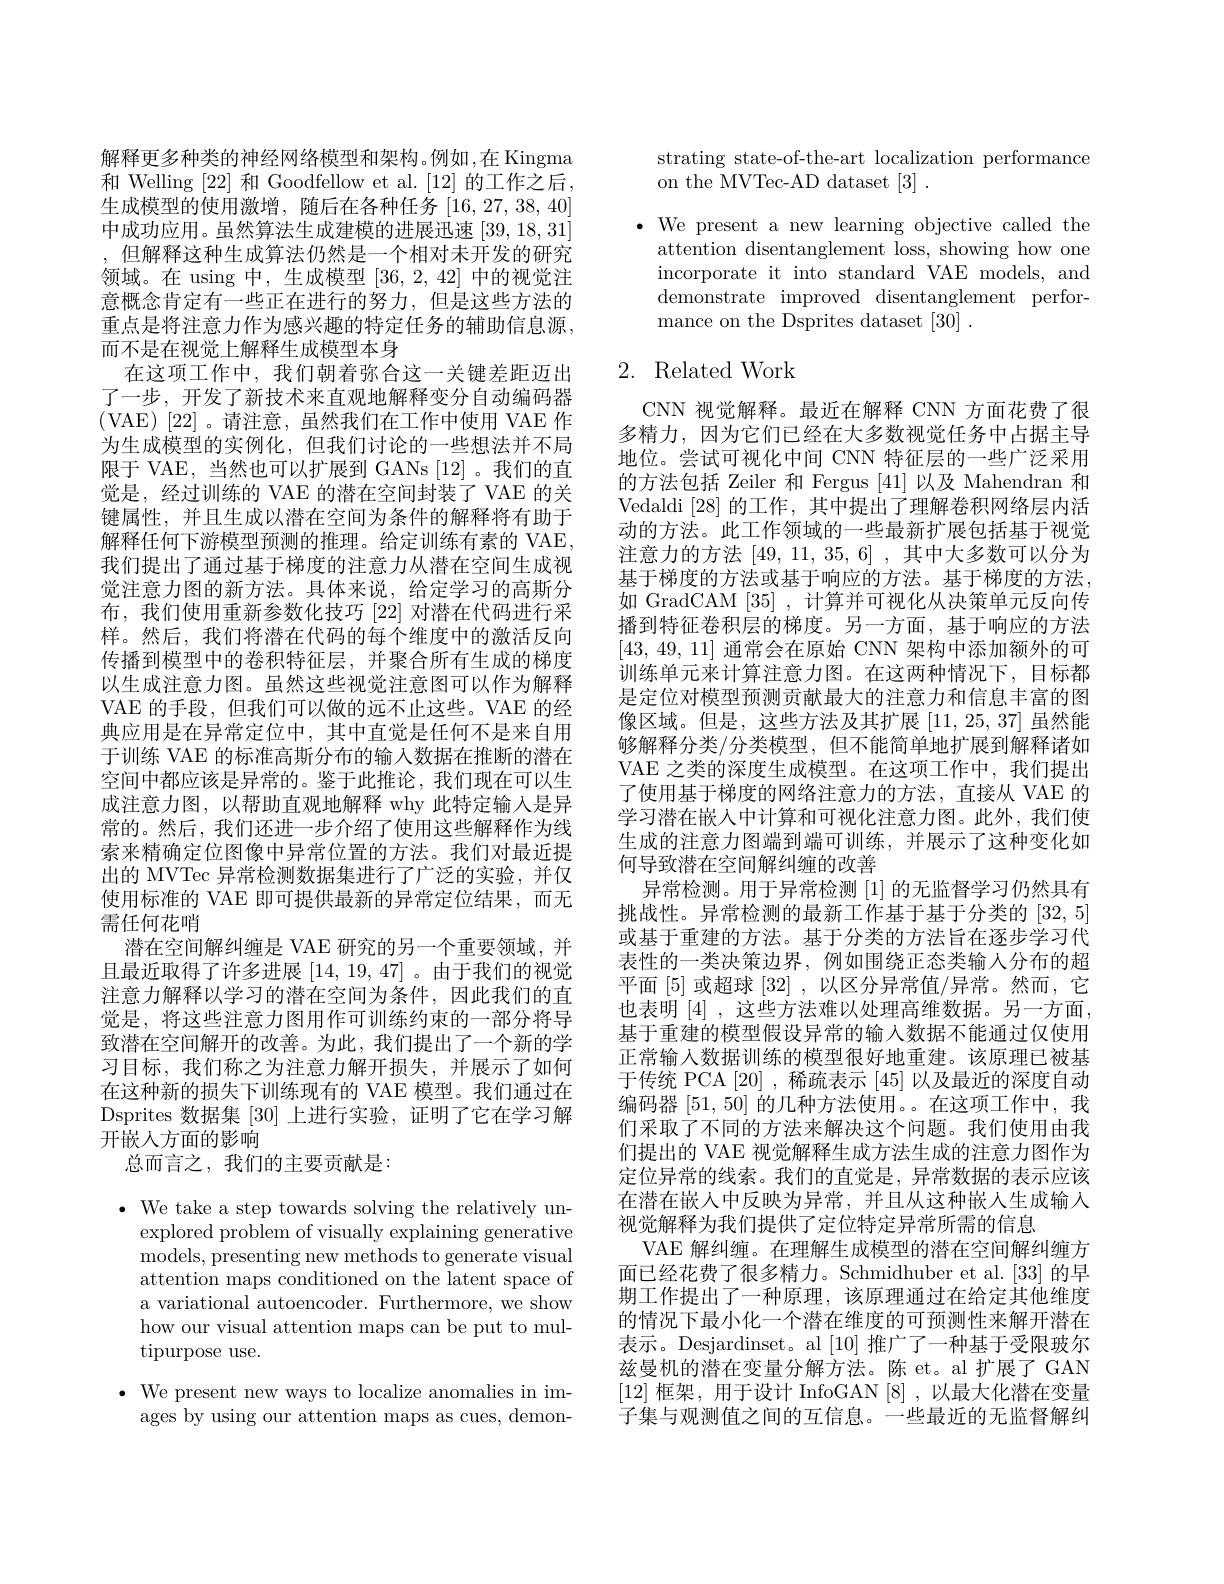
解释更多种类的神经网络模型和架构。例如，在 Kingma 和 Welling [22] 和 Goodfellow et al.[12] 的工作之后， 生成模型的使用激增，随后在各种任务[16,27,38,40] 中成功应用。虽然算法生成建模的进展迅速[39,18,31] ,但解释这种生成算法仍然是一个相对未开发的研究领域。在 using 中，生成模型[36,2,42]中的视觉注意概念肯定有一些正在进行的努力，但是这些方法的重点是将注意力作为感兴趣的特定任务的辅助信息源， 而不是在视觉上解释生成模型本身
在这项工作中，我们朝着弥合这一关键差距迈出了一步，开发了新技术来直观地解释变分自动编码器(VAE)[22]。请注意，虽然我们在工作中使用 VAE 作为生成模型的实例化，但我们讨论的一些想法并不局限于 VAE, 当然也可以扩展到 GANs [12]。我们的直觉是，经过训练的 VAE 的潜在空间封装了 VAE 的关键属性，并且生成以潜在空间为条件的解释将有助于解释任何下游模型预测的推理。给定训练有素的 VAE, 我们提出了通过基于梯度的注意力从潜在空间生成视觉注意力图的新方法。具体来说，给定学习的高斯分布，我们使用重新参数化技巧[22]对潜在代码进行采样。然后，我们将潜在代码的每个维度中的激活反向传播到模型中的卷积特征层，并聚合所有生成的梯度以生成注意力图。虽然这些视觉注意图可以作为解释VAE 的手段，但我们可以做的远不止这些。VAE 的经典应用是在异常定位中，其中直觉是任何不是来自用于训练 VAE 的标准高斯分布的输入数据在推断的潜在空间中都应该是异常的。鉴于此推论，我们现在可以生成注意力图，以帮助直观地解释 why 此特定输入是异常的。然后，我们还进一步介绍了使用这些解释作为线索来精确定位图像中异常位置的方法。我们对最近提出的 MVTec 异常检测数据集进行了广泛的实验，并仅使用标准的 VAE 即可提供最新的异常定位结果，而无需任何花哨
潜在空间解纠缠是 VAE 研究的另一个重要领域，并且最近取得了许多进展[14,19,47] 。由于我们的视觉注意力解释以学习的潜在空间为条件，因此我们的直觉是，将这些注意力图用作可训练约束的一部分将导致潜在空间解开的改善。为此，我们提出了一个新的学习目标，我们称之为注意力解开损失，并展示了如何在这种新的损失下训练现有的 VAE 模型。我们通过在Dsprites 数据集 [30] 上进行实验，证明了它在学习解开嵌人方面的影响
总而言之，我们的主要贡献是：

$\cdot$ We take a step towards solving the relatively un-
explored problem of visually explaining generative models, presenting new methods to generate visual attention maps conditioned on the latent space of a variational autoencoder. Furthermore, we show how our visual attention maps can be put to multipurpose use.

$\bullet$ We present new ways to localize anomalies in im-
ages by using our attention maps as cues, demon-

strating state-of-the-art localization performance
on the MVTec-AD dataset [3].

$\bullet$ We present a new learning objective called the
attention disentanglement loss, showing how one incorporate it into standard VAE models, and demonstrate improved disentanglement performance on the Dsprites dataset [30] .

## 2. Related Work

CNN 视觉解释。最近在解释 CNN 方面花费了很多精力，因为它们已经在大多数视觉任务中占据主导地位。尝试可视化中间 CNN 特征层的一些广泛采用的方法包括 Zeiler 和 Fergus [41] 以及 Mahendran 和Vedaldi [28]的工作，其中提出了理解卷积网络层内活动的方法。此工作领域的一些最新扩展包括基于视觉注意力的方法[49,11,35,6],其中大多数可以分为基于梯度的方法或基于响应的方法。基于梯度的方法， 如 GradCAM [35] ,计算并可视化从决策单元反向传播到特征卷积层的梯度。另一方面，基于响应的方法[43, 49, 11]通常会在原始 CNN 架构中添加额外的可训练单元来计算注意力图。在这两种情况下，目标都是定位对模型预测贡献最大的注意力和信息丰富的图像区域。但是，这些方法及其扩展$\left[11,25,37\right]$虽然能够解释分类/分类模型，但不能简单地扩展到解释诸如VAE 之类的深度生成模型。在这项工作中，我们提出了使用基于梯度的网络注意力的方法，直接从 VAE 的学习潜在嵌入中计算和可视化注意力图。此外，我们使生成的注意力图端到端可训练，并展示了这种变化如何导致潜在空间解纠缠的改善
异常检测。用于异常检测[1]的无监督学习仍然具有挑战性。异常检测的最新工作基于基于分类的[32,5] 或基于重建的方法。基于分类的方法旨在逐步学习代表性的一类决策边界，例如围绕正态类输人分布的超平面 [5] 或超球 [32], 以区分异常值/异常。然而，它也表明[4],这些方法难以处理高维数据。另一方面， 基于重建的模型假设异常的输入数据不能通过仅使用正常输入数据训练的模型很好地重建。该原理已被基于传统 PCA [20] ,稀疏表示[45]以及最近的深度自动编码器[51,50]的几种方法使用。。在这项工作中，我们采取了不同的方法来解决这个问题。我们使用由我们提出的 VAE 视觉解释生成方法生成的注意力图作为定位异常的线索。我们的直觉是，异常数据的表示应该在潜在嵌人中反映为异常，并且从这种嵌人生成输入视觉解释为我们提供了定位特定异常所需的信息
VAE 解纠缠。在理解生成模型的潜在空间解纠缠方面已经花费了很多精力。Schmidhuber et al.[33] 的早期工作提出了一种原理，该原理通过在给定其他维度的情况下最小化一个潜在维度的可预测性来解开潜在表示。Desjardinset。al [10]推广了一种基于受限玻尔兹曼机的潜在变量分解方法。陈 et。al 扩展了 GAN [12]框架，用于设计 InfoGAN [8] ,以最大化潜在变量子集与观测值之间的互信息。一些最近的无监督解纠